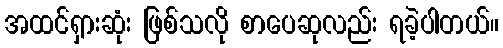
အထင်ရှားဆုံး ဖြစ်သလို စာပေဆုလည်း ရခဲ့ပါတယ်။